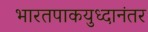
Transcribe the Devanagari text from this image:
भारतपाकयुध्दानंतर